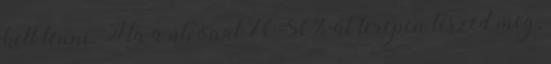
kell lenni. Ha a útvonal 70-80%-át terepen teszed meg,